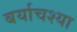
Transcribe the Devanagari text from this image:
बर्याचश्या